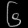
Digit: ၆